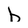
Character: h